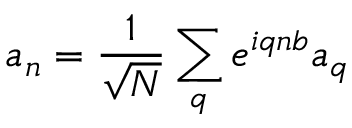
a _ { n } = \frac { 1 } { \sqrt { N } } \sum _ { q } e ^ { i q n b } a _ { q }